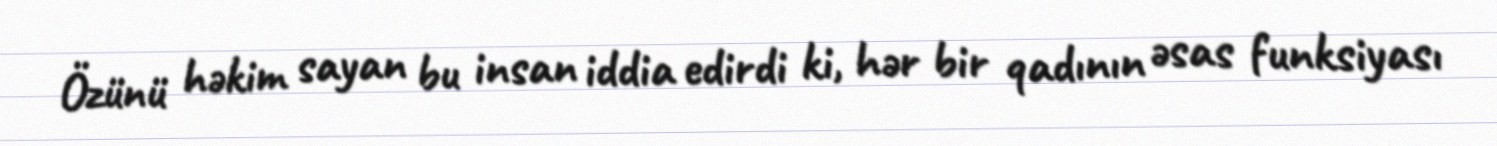
Özünü həkim sayan bu insan iddia edirdi ki, hər bir qadının əsas funksiyası